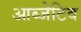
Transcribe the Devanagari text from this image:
आब्जेटिव